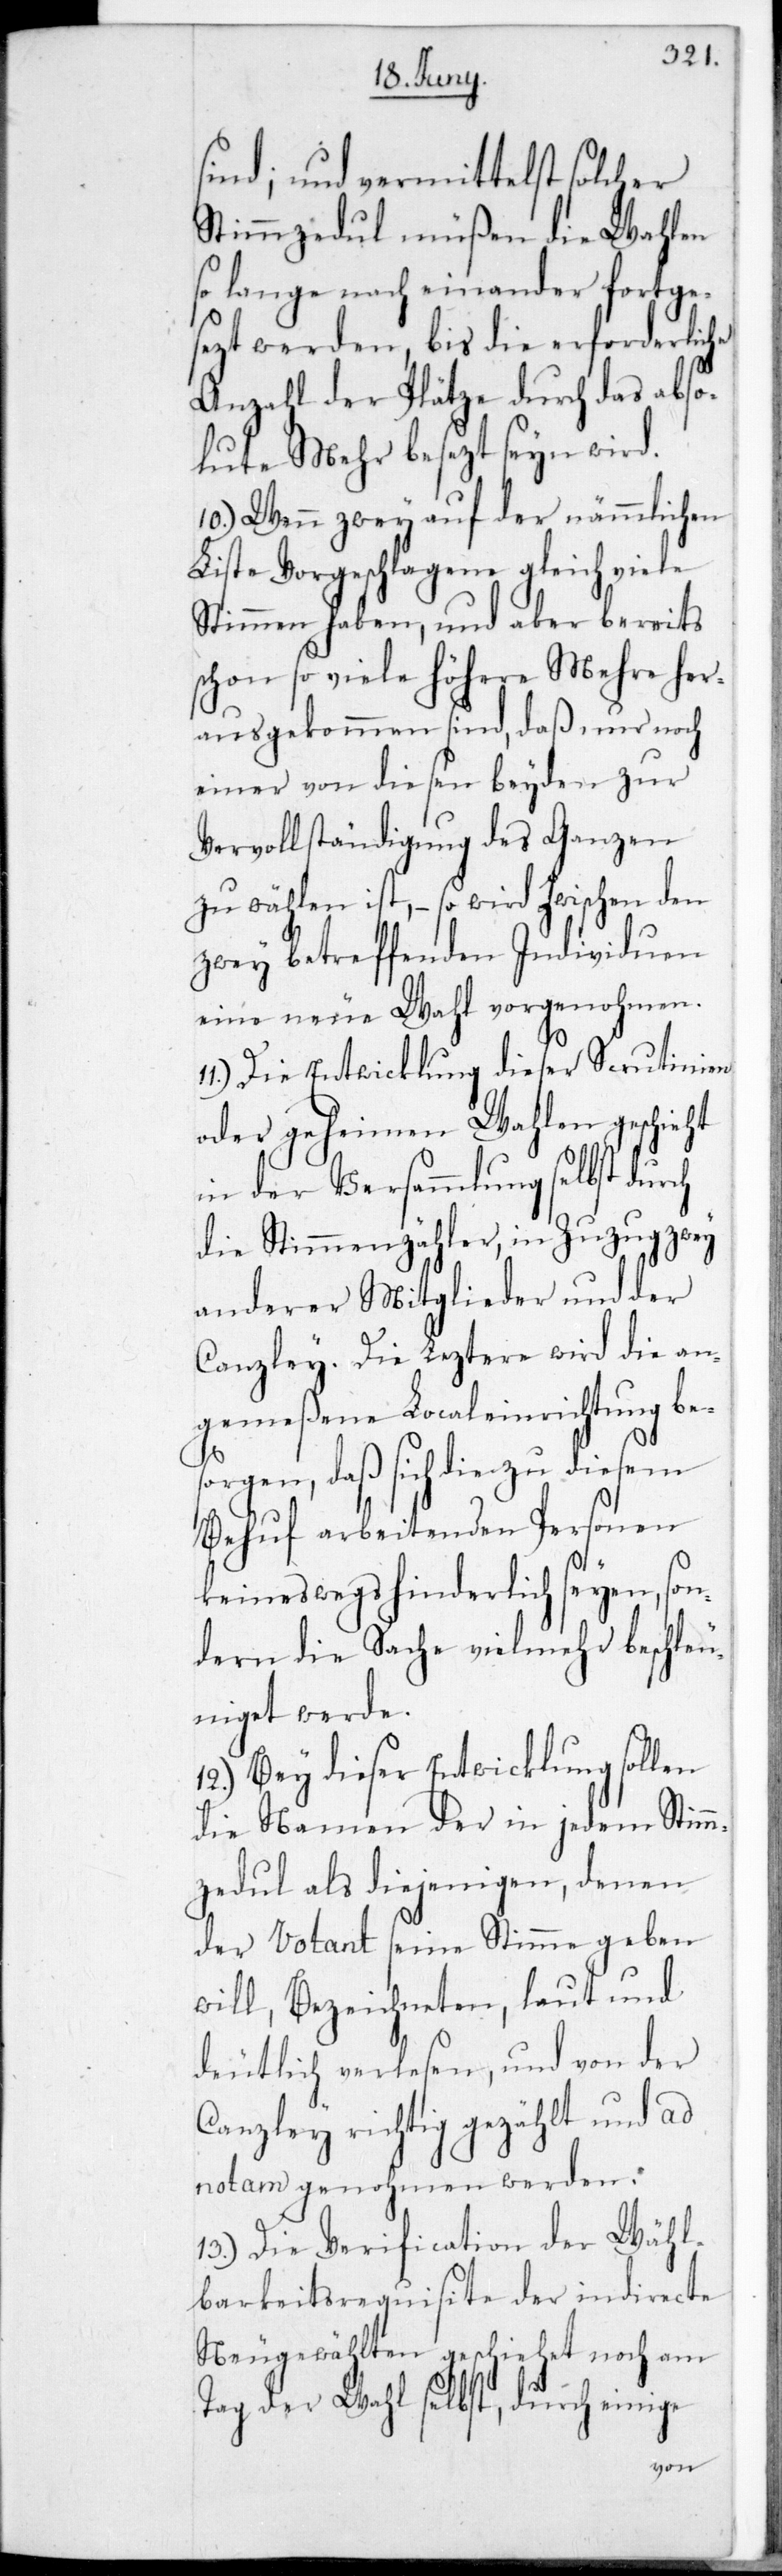
sind; und vermittelst solcher
Stimmzedul müßen die Wahlen
so lange nacheinander fortge¬
sezt werden, bis die erforderliche
Anzahl der Plätze durch das abso¬
lute Mehr besetzt sein wird.
10.) Wenn zwey auf der nämmlichen
Liste Vorgeschlagene gleich viele
Stimmen haben, und aber bereits
schon so viele höhere Mehre her¬
ausgekommen sind, daß nur noch
einer von diesen beyden zur
Vervollständigung des Ganzen
zu wählen ist, – so wird zwischen den
zwey betreffenden Individuen
eine neue Wahl vorgenohmen.
11.) Die Entwicklung dieser Scrutinien
oder geheimen Wahlen geschieht
in der Versammlung selbst durch
die Stimmenzähler, in Zuzug zwey
anderer Mitglieder und der
Canzley. Die Letztere wird die an¬
gemeßene Localeinrichtung be¬
sorgen, daß sich die zu diesem
Behuf arbeitenden Personen
keineswegs hinderlich seyen, son¬
dern die Sache vielmehr beschleu¬
niget werde.
12.) Bey dieser Entwicklung sollen
die Namen der in jedem Stimm¬
zedul als diejenigen, denen
der Votant seine Stimme geben
will, Bezeichneten, laut und
deutlich verlesen, und von der
Canzley richtig gezählt und ad
notam genohmen werden.
13.) Die Verification der Wähl¬
barkeitsrequisite der indirecte
neugewählten geschiehet noch am
Tag der Wahl selbst, durch einige